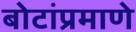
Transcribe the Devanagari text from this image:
बोटांप्रमाणे